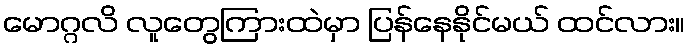
မောဂ္ဂလိ လူတွေကြားထဲမှာ ပြန်နေနိုင်မယ် ထင်လား။